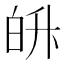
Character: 𭽓